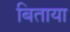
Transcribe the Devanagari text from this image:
बिताया